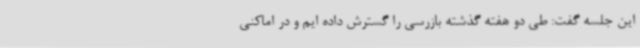
این جلسه گفت: طی دو هفته گذشته بازرسی را گسترش داده ایم و در اماکنی